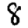
Digit: 8